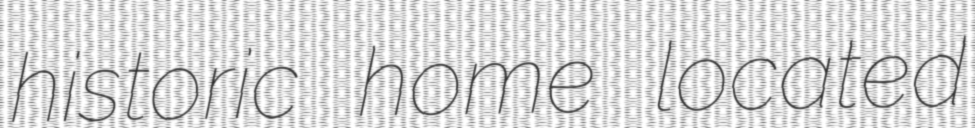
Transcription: historic home located